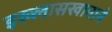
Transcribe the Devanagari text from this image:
इख्लासखानाने